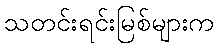
သတင်းရင်းမြစ်များက